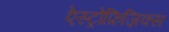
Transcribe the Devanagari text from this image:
ऐस्ट्रोफ़िज़िक्स